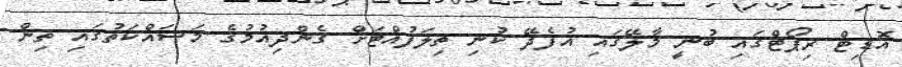
އޮޑިޓް ރިޕޯޓްގައި ބުނީ މާލޭގައި އުފެދޭ ކުނި ތިލަފުއްޓަށް ގެންދިއުމުގެ މަސައްކަތުގައި ތިން